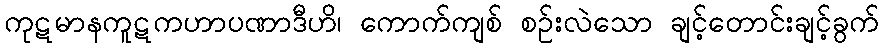
ကုဋမာနကူဋကဟာပဏာဒီဟိ၊ ကောက်ကျစ် စဉ်းလဲသော ချင့်တောင်းချင့်ခွက်